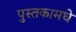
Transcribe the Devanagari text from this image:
पुस्तकामधे